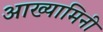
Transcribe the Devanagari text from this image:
आख्यामिनी